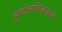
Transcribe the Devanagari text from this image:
भूगोलविज्ञानी